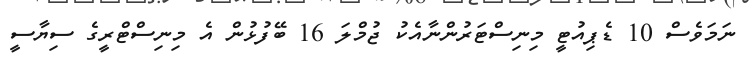
ނަމަވެސް 10 ޑެޕިއުޓީ މިނިސްޓަރުންނާއެކު ޖުމްލަ 16 ބޭފުޅުން އެ މިނިސްޓްރީގެ ސިޔާސީ